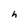
Character: h